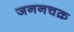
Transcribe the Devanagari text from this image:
जननचक्र